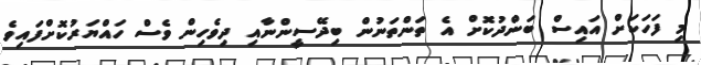
މި ފަހަކަށް އައިސް ބަންދުކޮށް އެ ތަންތަނުން ބިދޭސީންނާއި ދިވެހިން ވެސް ހައްޔަރުކޮށްފައިވެ